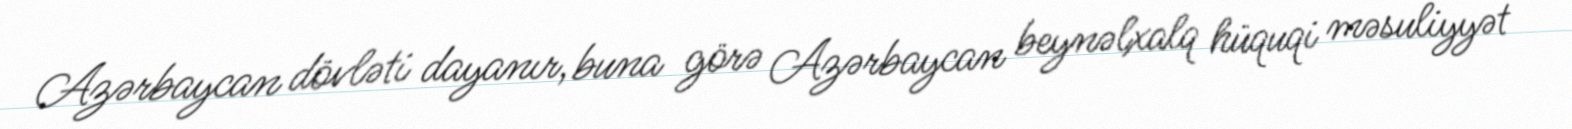
Azərbaycan dövləti dayanır, buna görə Azərbaycan beynəlxalq hüquqi məsuliyyət